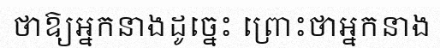
ថាឱ្យអ្នកនាងដូច្នេះ ព្រោះថាអ្នកនាង